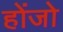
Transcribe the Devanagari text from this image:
होंजो